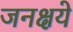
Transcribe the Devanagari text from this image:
जनक्षये